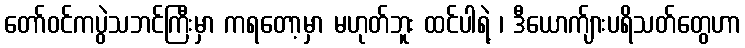
တော်ဝင်ကပွဲသဘင်ကြီးမှာ ကရတော့မှာ မဟုတ်ဘူး ထင်ပါရဲ့ ၊ ဒီယောက်ျားပရိသတ်တွေဟာ